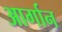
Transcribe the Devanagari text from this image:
आर्गान